Leningradi_Edasi_toimetus, lk 208
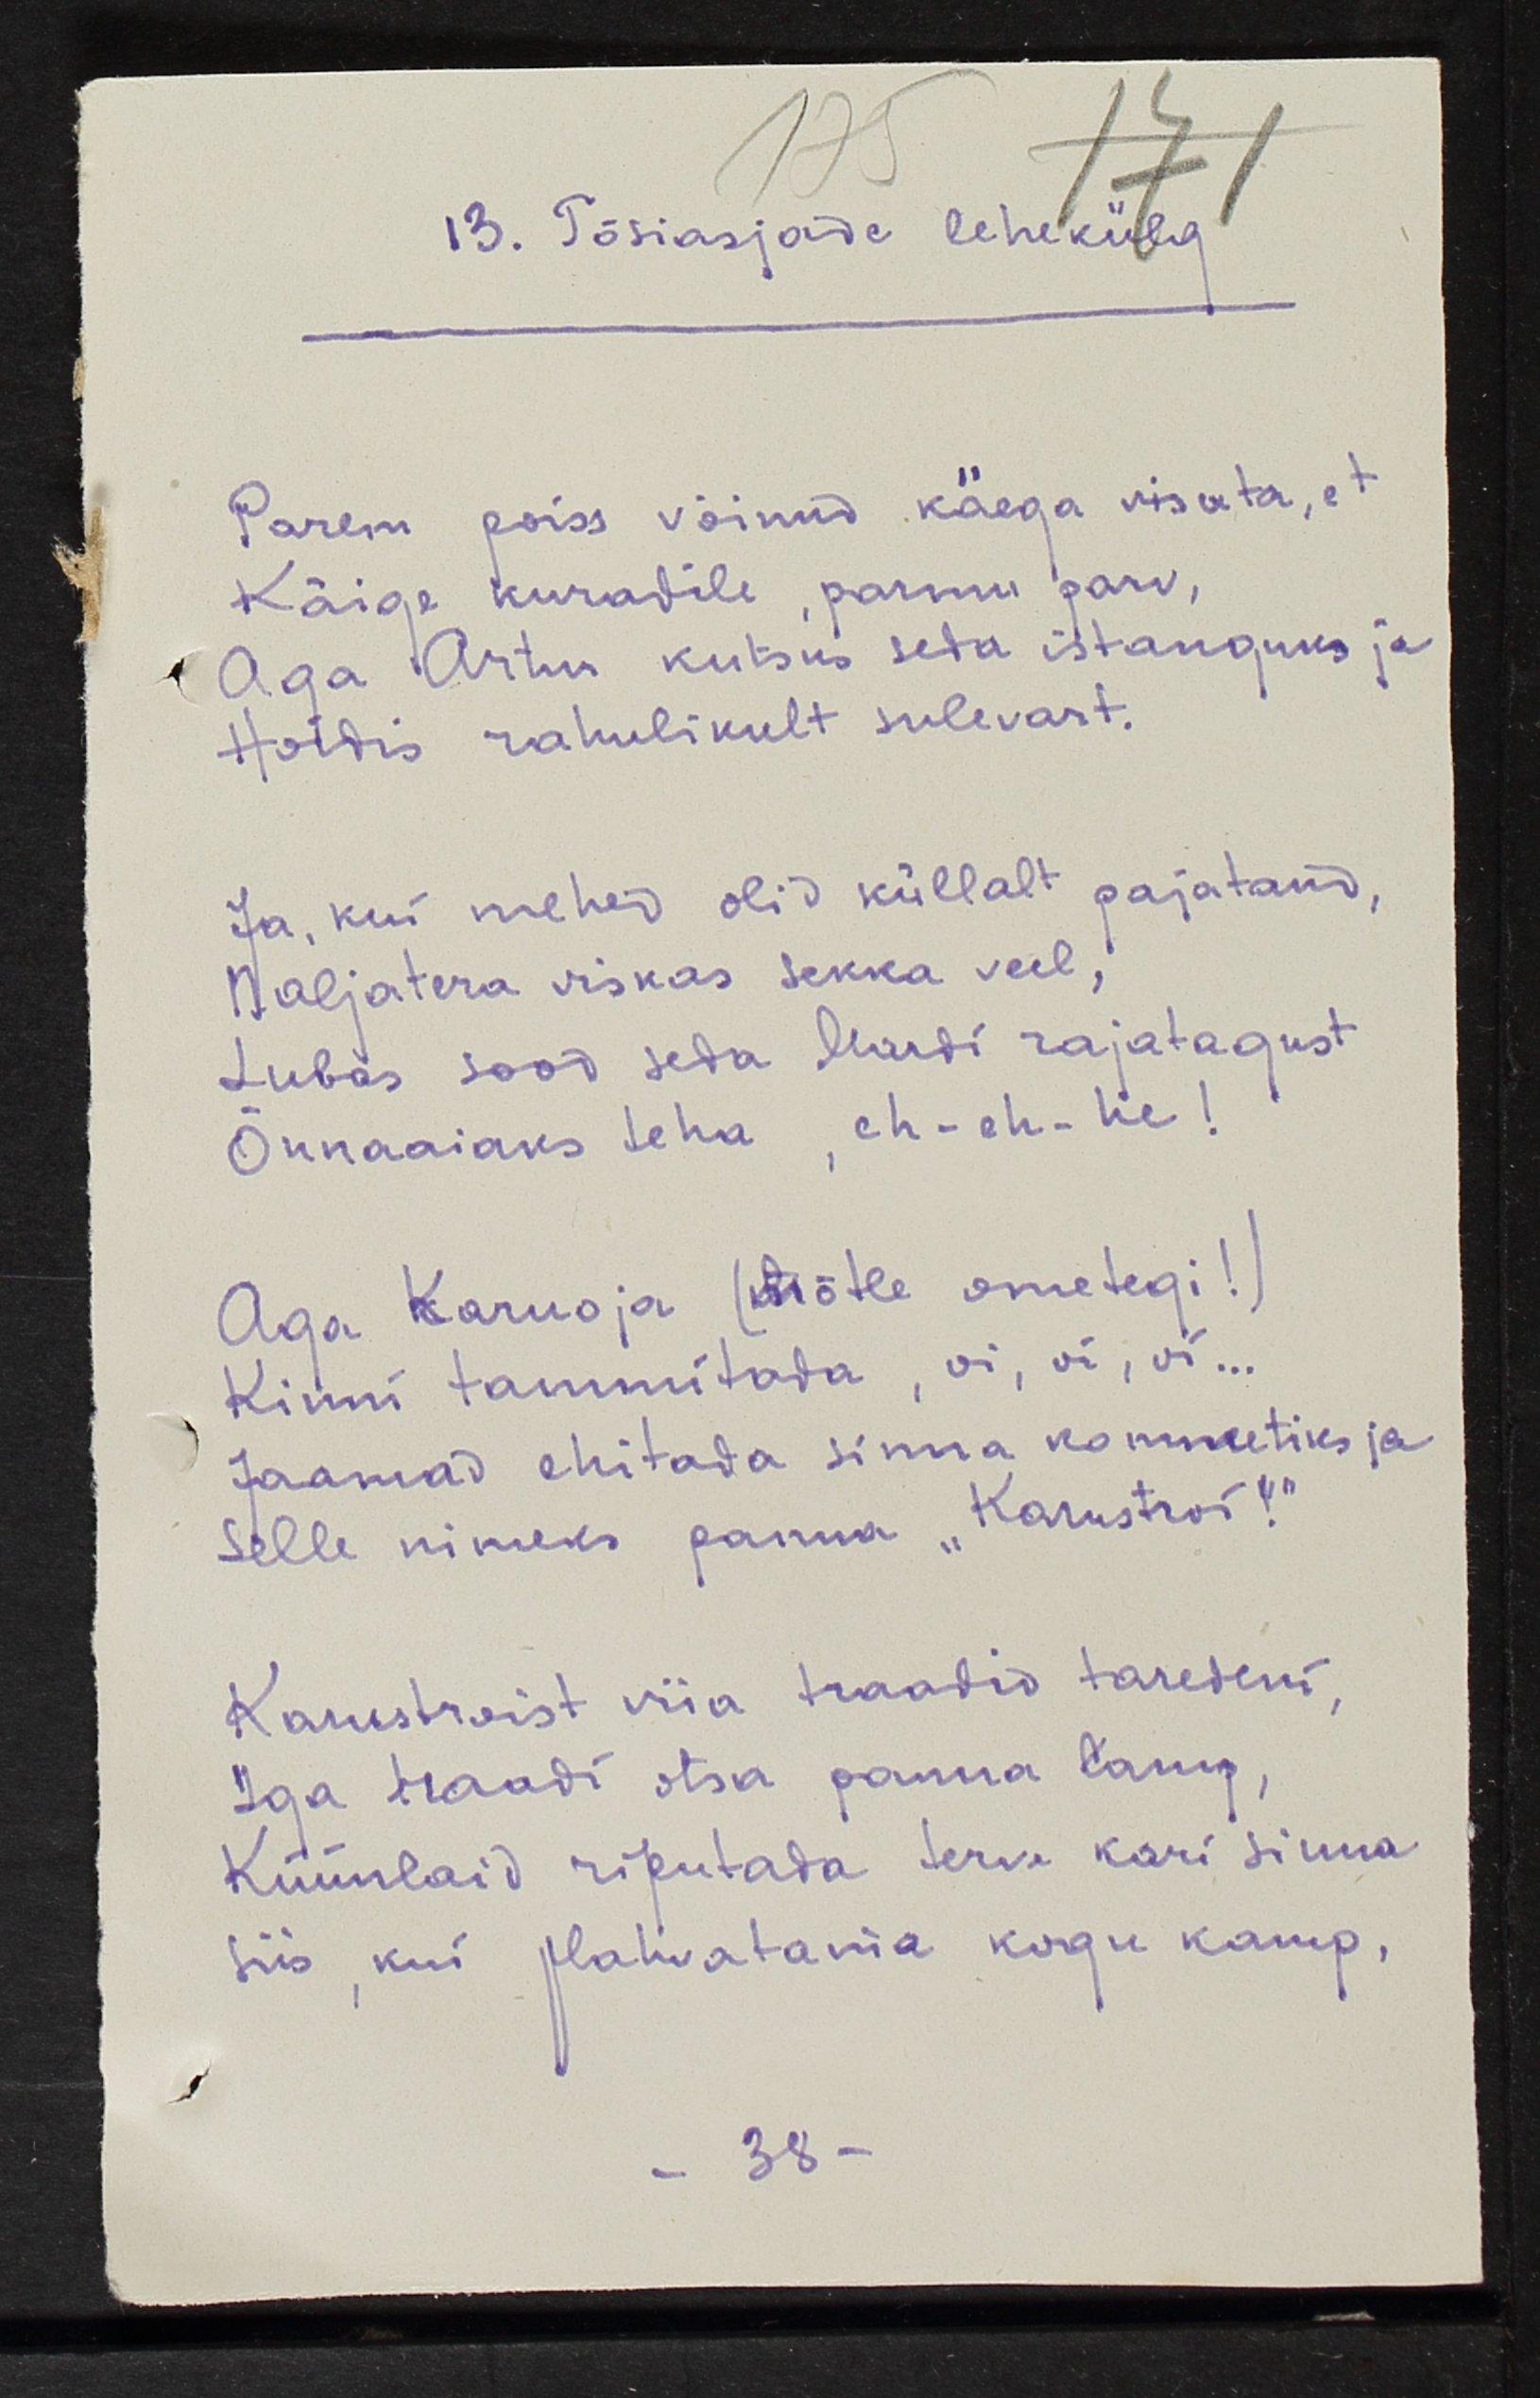
13. Tõsiasjade lehekülg
Parem poiss võinud käega visata, et 
Käige kuradile, parmu parv,
Aga Artur kutsus seda istanguks ja
Hoidis rahulikult sulevart
Ja, kui mehed olid küllalt pajatanud,
Naljatera viskas sekka veel,
Lubas sood seda Mardi rajatagust
Õunaaiaks teha, eh-eh-he!
Aga Karuoja (mõtle ometegi!)
Kinni tammitada, oi, oi, oi...
Jaamad ehitada sinna kommetiks ja
Selle nimeks panna "Karustroi!"
Karustroist viia traadid taredeni,
Iga traadi otsa panna lamp,
Küünlaid riputada terve kari sinna
Siis, kui plahvatama kergu kamp,